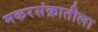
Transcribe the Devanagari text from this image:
मकरसंक्रातीला